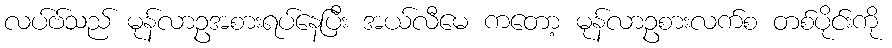
လပ်ဗ်သည် မုန်လာဥအစားရပ်နေပြီး အယ်လီမေ ကတော့ မုန်လာဥစားလက်စ တစ်ပိုင်းကို